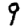
Digit: 9